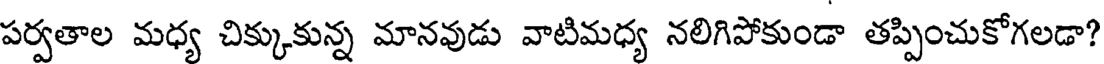
పర్వతాల మధ్య చిక్కుకున్న మానవుడు వాటిమధ్య నలిగిపోకుండా తప్పించుకోగలడా?